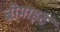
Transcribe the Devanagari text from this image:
ब्रोमाइट